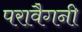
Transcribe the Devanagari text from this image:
परावैगनी